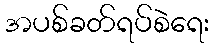
အပစ်ခတ်ရပ်စဲရေး